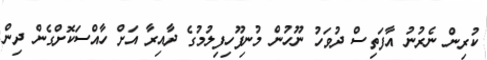
ކުރިން ނެރުނު އާފަތިސް ދުވަހު ނޫހުން މުނިފޫހިފިލުމުގެ ދާއިރާ އަށް ހާއްސަކޮށްގެން ދިން